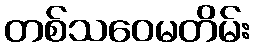
တစ်သဝေမတိမ်း